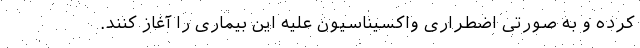
کرده و به صورتی اضطراری واکسیناسیون علیه این بیماری را آغاز کنند.